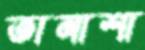
তানাশা